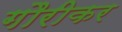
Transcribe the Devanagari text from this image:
गौरीकर